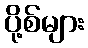
ပို့စ်များ